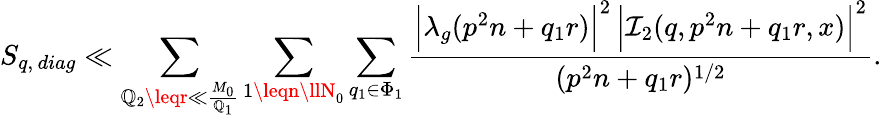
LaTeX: S_{q,\, diag}\ll\sum_{\mathbb{Q}_{2}\leqr\ll\frac{{M_{0}}}{{\mathbb{Q}_{1}}}}\sum_{1\leqn\llN_{0}}\sum_{q_{1}\in\Phi_{1}}\frac{{\Big|\lambda_{g}(p^{2}n+q_{1}r)\Big|^{2}\, \Big|\mathcal{{I}}_{2}(q,p^{2}n+q_{1}r,x)\Big|^{2}}}{{(p^{2}n+q_{1}r)^{1/2}}}.